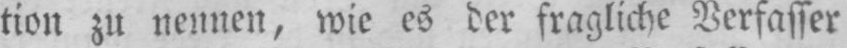
tion zu nennen, wie es der fragliche Verfasser